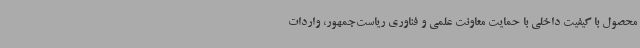
محصول با کیفیت داخلی با حمایت معاونت علمی و فناوری ریاست‌جمهور، واردات